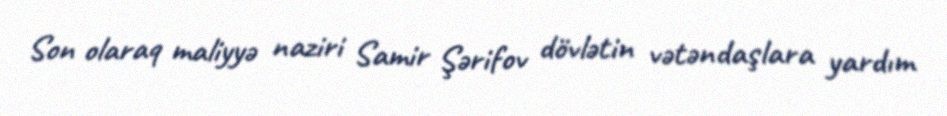
Son olaraq maliyyə naziri Samir Şərifov dövlətin vətəndaşlara yardım